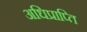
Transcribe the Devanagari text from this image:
अधिप्राप्‍ति